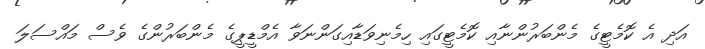
އަދި އެ ކޮމެޓީގެ މެންބަރުންނާއި ކޮމެޓީގައި ހިމެނިވަޑާއިގަންނަވާ އެމްޑީޕީގެ މެންބަރުންގެ ވެސް މައްސަލަ